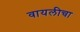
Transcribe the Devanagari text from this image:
वायलीचा